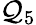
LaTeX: \mathcal{Q}_{5}